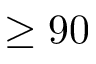
\geq 9 0